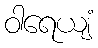
ဝါရေယျံ